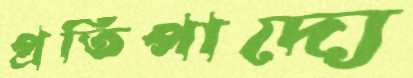
প্রতিপাদ্যে